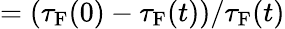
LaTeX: =(\tau_{\mathrm{F}}(0)-\tau_{\mathrm{F}}(t))/\tau_{\mathrm{F}}(t)